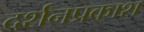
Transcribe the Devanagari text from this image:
दर्शनप्रकाश